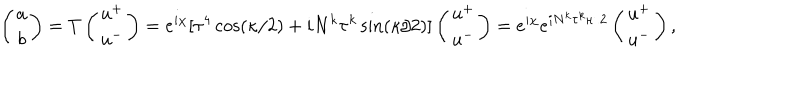
LaTeX: \left( \begin{matrix} { { a } } \\ { { b } } \\ \end{matrix} \right) = T \left( \begin{matrix} { { u ^ { + } } } \\ { { u ^ { - } } } \\ \end{matrix} \right) = e ^ { i \chi } [ \tau ^ { 4 } \cos ( \kappa / 2 ) + i N ^ { k } \tau ^ { k } \sin ( \kappa / 2 ) ] \left( \begin{matrix} { { u ^ { + } } } \\ { { u ^ { - } } } \\ \end{matrix} \right) = e ^ { i \chi } e ^ { i N ^ { k } \tau ^ { k } \kappa / 2 } \left( \begin{matrix} { { u ^ { + } } } \\ { { u ^ { - } } } \\ \end{matrix} \right) ,